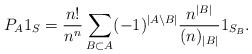
\begin{align*} P_A 1_S = \frac{n!}{n^n} \sum_{B \subset A} (-1)^{|A \setminus B|} \frac{n^{|B|}}{(n)_{|B|}} 1_{S_B}. \end{align*}